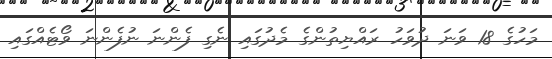
މަހުގެ 18 ވަނަ ދުވަހު ރައްޔިތުންގެ މެދުގައި ނެގި ފެންނަ ނުފެންނަ ވޯޓެއްގައި